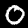
Digit: 0